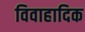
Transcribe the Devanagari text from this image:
विवाहादिक